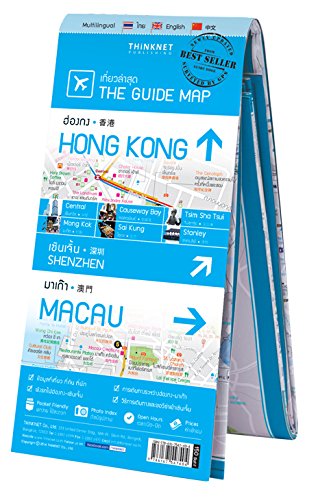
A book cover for The Guide Map Hong Kong, Macau; LTD. / Bangkok (Thailand) THINKNET CO.; Travel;